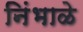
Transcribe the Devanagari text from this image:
निंभाळे